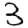
Digit: 3